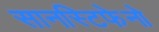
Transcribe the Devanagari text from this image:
सानस्टिफेनो